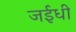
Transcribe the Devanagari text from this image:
जईधी